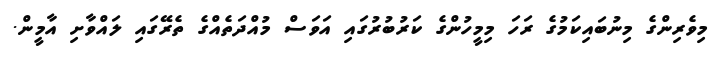
މިވެރިންގެ މިނުބައިކަމުގެ ރަހަ މިމީހުންގެ ކަރުބުރުގައި އަވަސް މުއްދަތެއްގެ ތެރޭގައި ލައްވާށި އާމީން.